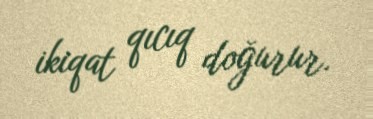
ikiqat qıcıq doğurur.